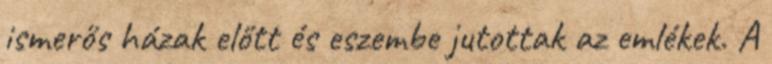
ismerős házak előtt és eszembe jutottak az emlékek. A